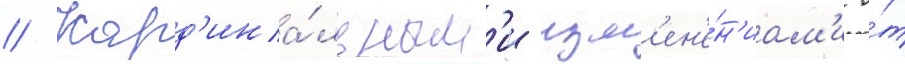
// Кард'ина́льным'и изм'ен'е́н'иам'и о́т